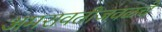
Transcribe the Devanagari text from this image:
अमरावतीजवळचे